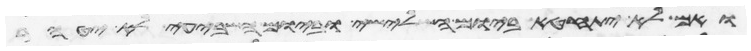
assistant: ואם לא יתחטא ביום השלישי וביום השביעי לא יטהר